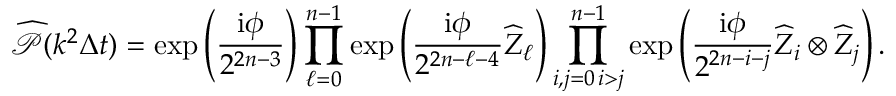
\widehat { \mathcal { P } } ( k ^ { 2 } \Delta t ) = \exp \left( \frac { \mathrm { i } \phi } { 2 ^ { 2 n - 3 } } \right) \prod _ { \ell = 0 } ^ { n - 1 } \exp \left( \frac { \mathrm { i } \phi } { 2 ^ { 2 n - \ell - 4 } } \widehat { Z } _ { \ell } \right) \prod _ { \substack { i , j = 0 \, i > j } } ^ { n - 1 } \exp \left( \frac { \mathrm { i } \phi } { 2 ^ { 2 n - i - j } } \widehat { Z } _ { i } \otimes \widehat { Z } _ { j } \right) .